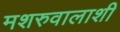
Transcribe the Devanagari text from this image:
मशरुवालाशी